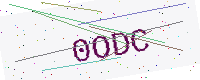
Text: 0ODC